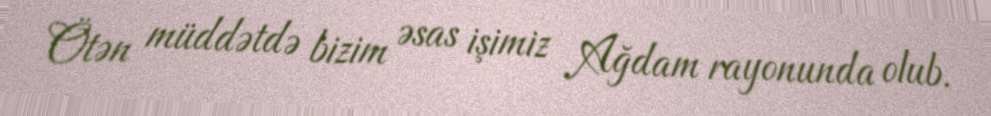
Ötən müddətdə bizim əsas işimiz Ağdam rayonunda olub.